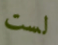
لست